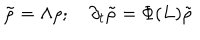
\tilde { \rho } = \Lambda \rho ; \quad \partial _ { t } \tilde { \rho } = \Phi ( L ) \tilde { \rho }